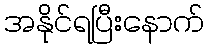
အနိုင်ရပြီးနောက်